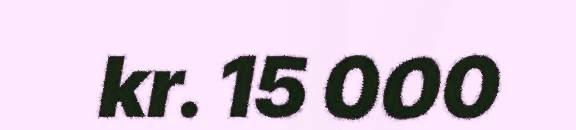
kr. 15 000